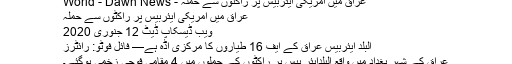
عراق میں امریکی ایئربیس پر راکٹوں سے حملہ - World - Dawn News
عراق میں امریکی ایئربیس پر راکٹوں سے حملہ
ویب ڈیسکاپ ڈیٹ 12 جنوری 2020
البلد ایئربیس عراق کے ایف 16 طیاروں کا مرکزی اڈہ ہے— فائل فوٹو: رائٹرز
عراق کے شہر بغداد میں واقع البلدایئر بیس پر راکٹوں کے حملوں میں 4 مقامی فوجی زخمی ہوگئے۔